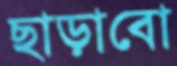
ছাড়াবো